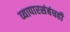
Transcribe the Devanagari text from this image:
व्यापारसंबंधही